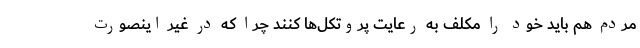
مردم هم باید خود را مکلف به رعایت پروتکل‌ها کنند چرا که در غیر اینصورت